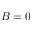
B = 0